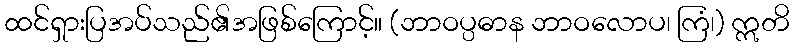
ထင်ရှားပြအပ်သည်၏အဖြစ်ကြောင့်။ (ဘာဝပ္ပဓာန ဘာဝလောပ၊ ကြံ၊) ဣတိ